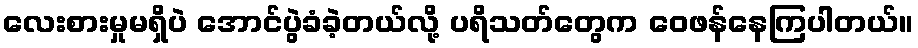
လေးစားမှုမရှိပဲ အောင်ပွဲခံခဲ့တယ်လို့ ပရိသတ်တွေက ဝေဖန်နေကြပါတယ်။